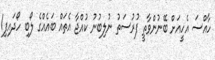
ހާއްސަ އެހީއަށް ބޭނުންވާތީ ފުރުސަތު ނުލިބުނު ކުއްޖާ އެތައް ބައެއްގެ ލޯބި ހޯދައިފި1